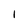
Character: I